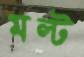
মল্ট